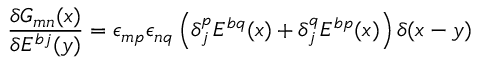
\frac { \delta G _ { m n } ( x ) } { \delta E ^ { b j } ( y ) } = \epsilon _ { m p } \epsilon _ { n q } \left( \delta _ { j } ^ { p } E ^ { b q } ( x ) + \delta _ { j } ^ { q } E ^ { b p } ( x ) \right) \delta ( x - y )